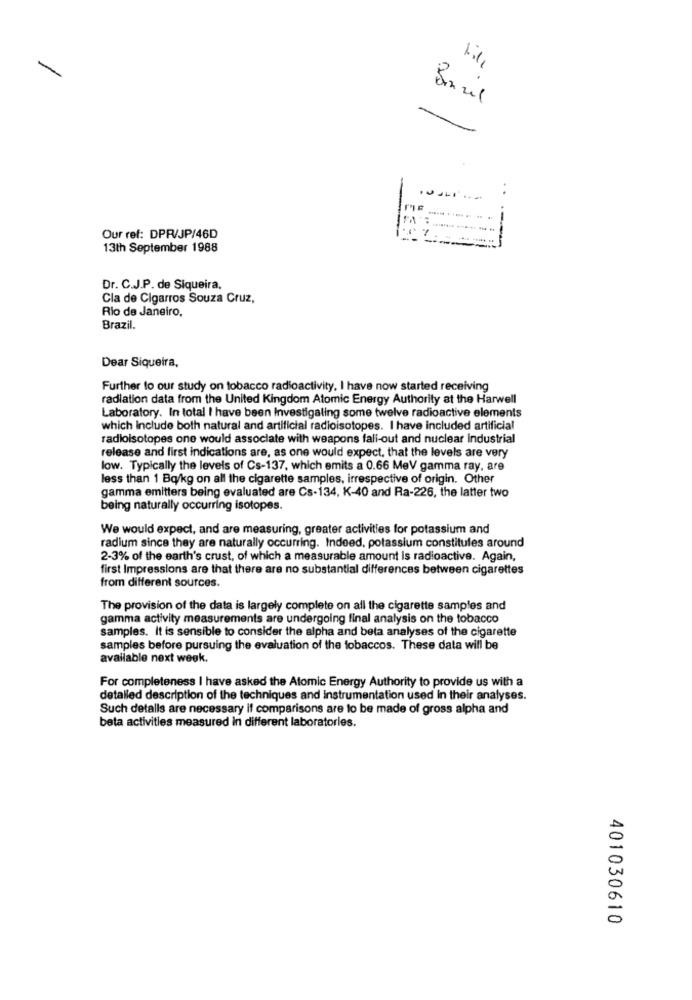
Baril
Our ref: DPR/JP/46D
---
13th September 1988
Dr. C.J.P. de Siqueira,
Cla de Cigarros Souza Cruz,
Rio de Janeiro.
Brazil.
Dear Siqueira,
Further to our study on tobacco radioactivity. I have now started receiving
radiation data from the United Kingdom Atomic Energy Authority at the Harwell
Laboratory. In total I have been Investigating some twelve radioactive elements
which Include both natural and artificial radioisotopes. I have included artificial
radioisotopes one would associate with weapons fall-out and nuclear industrial
release and first indications are, as one would expect, that the levels are very
low. Typically the levels of Cs-137, which emits a 0.66 MeV gamma ray, are
less than 1 Bq/kg on all the cigarette samples, irrespective of origin. Other
gamma emitters being evaluated are Cs-134, K-40 and Ra-226, the latter two
being naturally occurring isotopes.
We would expect, and are measuring, greater activities for potassium and
radium since they are naturally occurring. Indeed, potassium constitules around
2-3% of the earth's crust, of which a measurable amount is radioactive. Again,
first Impressions are that there are no substantial differences between cigarettes
from different sources.
The provision of the data is largely complete on all the cigarette samples and
gamma activity measurements are undergoing final analysis on the tobacco
samples. It is sensible to consider the alpha and beta analyses of the cigarette
samples before pursuing the evaluation of the tobaccos. These data will be
available next week.
For completeness I have asked the Atomic Energy Authority to provide us with a
detailed description of the techniques and instrumentation used In their analyses.
Such detalls are necessary if comparisons are to be made of gross alpha and
beta activities measured in different laboratories.
401030610